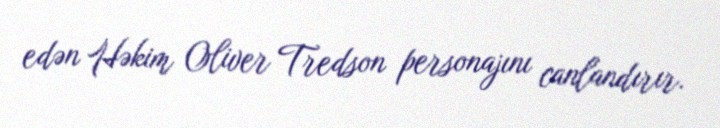
edən Həkim Oliver Tredson personajını canlandırır.